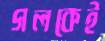
গলকেই